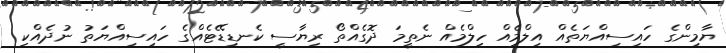
ޔާމިންގެ ހައިސިއްޔަތެއް އިލްމެއް ހިލްމެއް ނެތީމަ ދޮގެއްތޯ ރިޔާސީ ކެނޑިޑޭޓެއްގެ ހައިސިއްޔަތު ނުދެއްކި